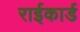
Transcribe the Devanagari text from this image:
राईकार्ड